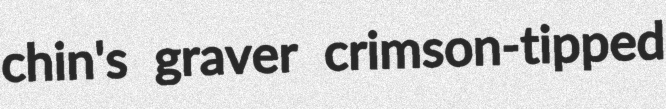
chin's graver crimson-tipped